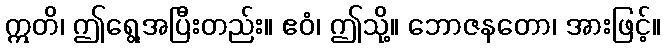
ဣတိ၊ ဤရွေ့အပြီးတည်း။ ဧဝံ၊ ဤသို့။ ဘောဇနတော၊ အားဖြင့်။